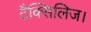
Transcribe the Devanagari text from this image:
टैक्सिलिज।